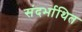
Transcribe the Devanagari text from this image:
संदर्भाथित